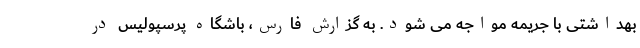
بهداشتی با جریمه مواجه می شود. به گزارش فارس، باشگاه پرسپولیس در